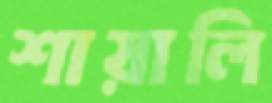
শায়ালি